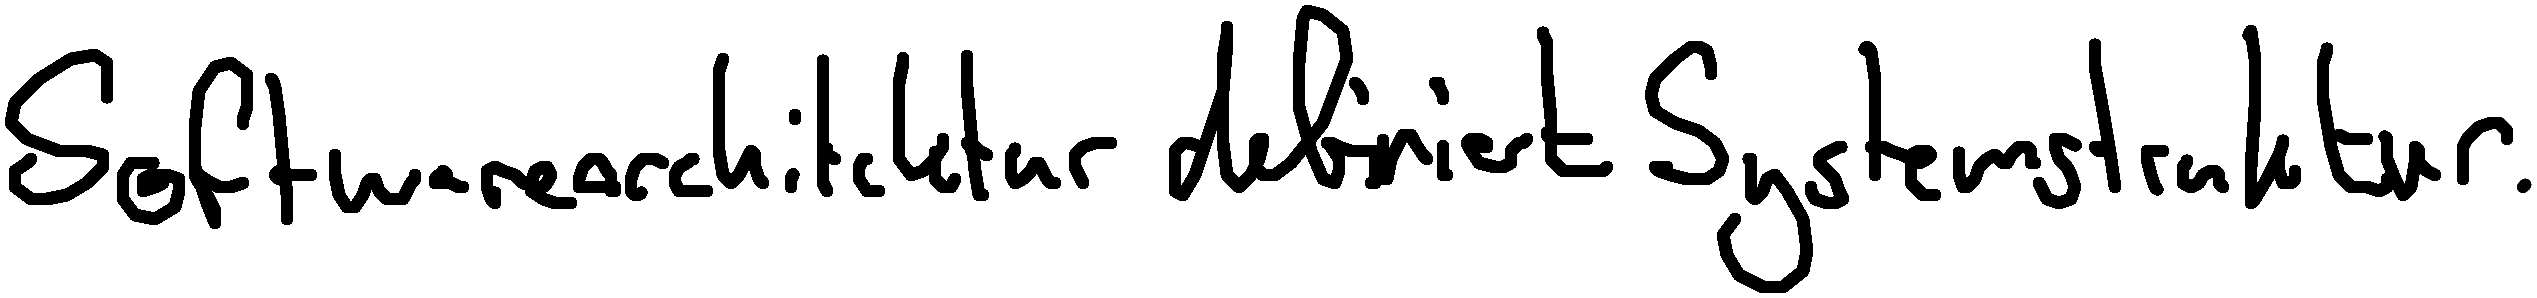
Softwarearchitektur definiert Systemstruktur.